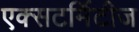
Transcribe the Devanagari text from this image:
एक्सटर्मिटीज